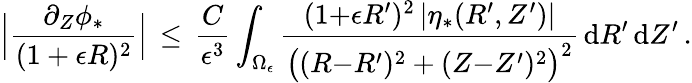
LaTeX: \Bigl|\frac{\partial_{Z}\phi_{*}}{(1+\epsilon R)^{2}}\Bigr|\, \le\, \frac{C}{\epsilon^{3}}\int_{\Omega_{\epsilon}}\frac{(1{+}\epsilon R^{\prime})^{2}\, |\eta_{*}(R^{\prime},Z^{\prime})|}{\bigl((R{-}R^{\prime})^{2}+(Z{-}Z^{\prime})^{2}\bigr)^{2}}\, \mathrm{d}R^{\prime}\, \mathrm{d}Z^{\prime}\, .